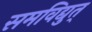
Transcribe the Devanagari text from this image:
समविद्युत्‌